Malaria in the Andamans - Number 56
Disease focus: Malaria
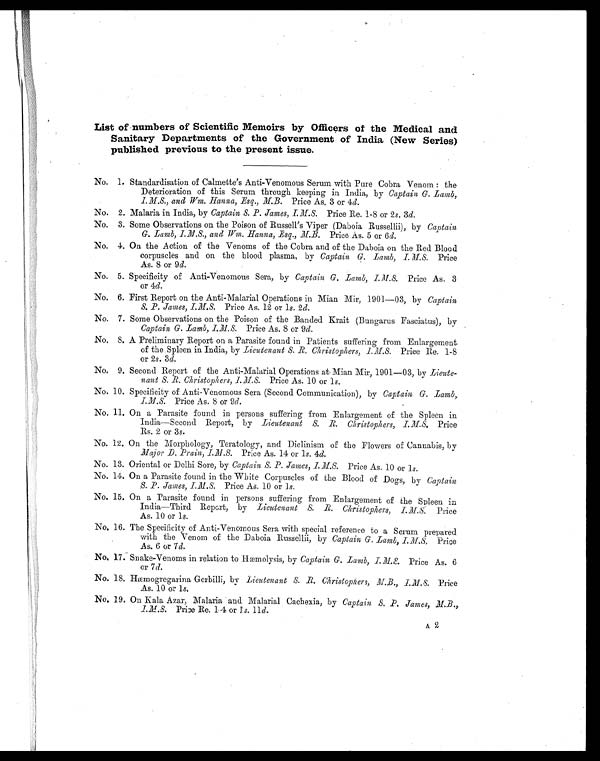
List of numbers of Scientific Memoirs by Officers of the Medical and
Sanitary Departments of the Government of India (New Series)
published previous to the present issue.
No. 1. Standardisation of Calmette's Anti-Venomous Serum with Pure Cobra Venom : the
Deterioration of this Serum through keeping in India, by Captain G. Lamb, I.M.S.,
and Wm. Hanna, Esq., M.B. Price As. 3 or 4 d.
No. 2. Malaria in India, by Captain S. P. James, I.M.S. Price Re. 1-8 or 2 s. 3 d.
No. 3. Some Observations on the Poison of Russell's Viper (Daboia Russellii), by Captain
G. Lamb, I.M.S., and Wm. Hanna, Esq., M.B. Price As. 5 or 6 d.
No. 4. On the Action of the Venoms of the Cobra and of the Daboia on the Red Blood
corpuscles and on the blood plasma, by Captain G. Lamb, I..M.S. Price
As. 8 or 9 d.
No. 5. Specificity of Anti-Venomous Sera, by Captain G. Lamb, I.M.S. Price As. 3
or 4d.
No. 6. First Report on the Anti-Malarial Operations in Mian Mir, 1901-03, by Captain
S. P. James, I.M.S. Price As. 12 or 1 s. 2 d.
No. 7. Some Observations on the Poison of the Banded Krait (Bungarus Fasciatus), by
Captain G. Lamb, I.M.S. Price As. 8 or 9 d.
No. 8. A Preliminary Report on a Parasite found in Patients suffering from Enlargement
of the Spleen in India, by Lieutenant S. R. Christophers, I.M.S.P r i c e R e . 1 - 8
or 2 s. 3 d.
No. 9. Second Report of the Anti-Malarial Operations at Mian Mir, 1901—03, by Lieute-
nant S. R. Christophers, I.M.S. Price As. 10 or 1s.
No. 10. Specificity of Anti-Venomous Sera (Second Communication), by Captain G. Lamb,
I.M.S. Price As. 8 or 9d.
No. 11. On a Parasite found in persons suffering from Enlargement of the Spleen in
India—Second Report, by Lieutenant S. R. Christophers, I.M.S. Price
Rs. 2 or 3 s.
No. 12. On the Morphology, Teratology, and Diclinism of the Flowers of Cannabis, by
Major D. Prain, I.M.S. Price As. 14 or l s. 4 d.
No. 13. Oriental or Delhi Sore, by Captain S. P. James, I.M.S. Price As. 10 or 1s.
No. 14. On a Parasite found in the White Corpuscles of the Blood of Dogs, by Captain
S. P. James, I.M.S. Price As. 10 or l s.
No. 15. On a Parasite found in persons suffering from Enlargement of the Spleen in
India—Third Report, by Lieutenant S. R. Christophers, I.M.S. Price
As. 10 or l s.
No. 16. The Specificity of Anti-Venomous Sera with special reference to a Serum prepared
with the Venom of the Daboia Russellii, by Captain G. Lamb, I.M.S. Price
As. 6 or 7d.
No. 17. Snake-Venoms in relation to Hæmolysis, by Captain G. Lamb, I.M.S. Price As. 6
or 7 d.
No. 18. Hæmogregarina Gerbilli, by
Lieutenant S. R. Christophers, M.B., I.M.S. Price
As. 10 or 1s.
No. 1.9. On Bala Azar, Malaria and Malarial Cachexia, by Captain S. P. James, M.B., I.M.S.
Price Re. 1-4 or 1s. 11d.
A2